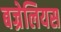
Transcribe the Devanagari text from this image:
बज्रेलियस